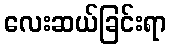
လေးဆယ်ခြင်းရာ